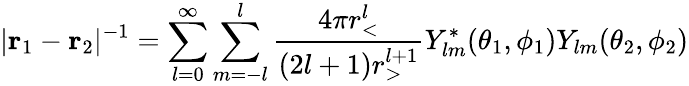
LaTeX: |{\mathbf r}_{1}-{\mathbf r}_{2}|^{-1}=\sum_{l=0}^{\infty}\sum_{m=-l}^{l}\frac{4\pi r_{<}^{l}}{(2l+1)r_{>}^{l+1}}Y_{lm}^{\ast}(\theta_{1},\phi_{1})Y_{lm}(\theta_{2},\phi_{2})